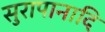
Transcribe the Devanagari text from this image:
सुरापानादि